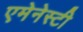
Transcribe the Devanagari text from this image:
एमेनेस्टी